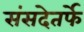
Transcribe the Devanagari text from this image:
संसदेतर्फे